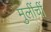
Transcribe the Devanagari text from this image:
मुलींचीं